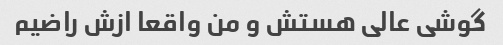
گوشی عالی هستش و من واقعا ازش راضیم